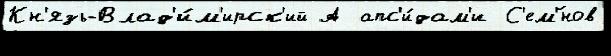
Кн'язь-Влад'и́м'ирск'ий А апс'и́дам'и С'ем'́нов